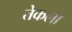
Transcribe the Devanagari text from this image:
तेकला